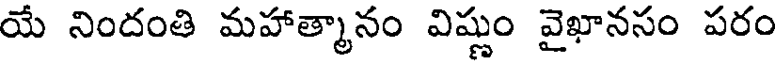
యే నిందంతి మహాత్మానం విష్ణుం వైఖానసం పరం